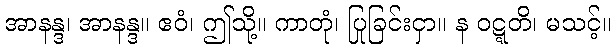
အာနန္ဒ၊ အာနန္ဒ။ ဧဝံ၊ ဤသို့။ ကာတုံ၊ ပြုခြင်းငှာ။ န ဝဋ္ဋတိ၊ မသင့်။